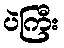
ပဲကြီး